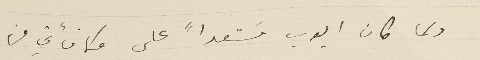
ولما كان ايوب مسَتعداً على مكافأتي من